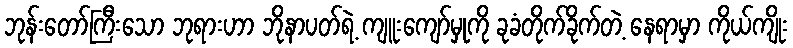
ဘုန်းတော်ကြီးသော ဘုရားဟာ ဘိုနာပတ်ရဲ့ ကျူးကျော်မှုကို ခုခံတိုက်ခိုက်တဲ့ နေရာမှာ ကိုယ်ကျိုး